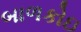
બાળકોઇ